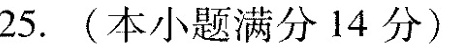
25.(本小题满分14分)